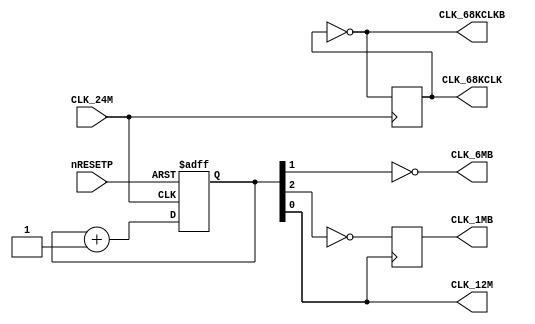
module clocks_1(
	input CLK_24M,
	input nRESETP,
	output CLK_12M,
	output reg CLK_68KCLK = 1'b0,	
	output CLK_68KCLKB,
	output CLK_6MB,
	output reg CLK_1MB
);
	reg [2:0] CLK_DIV;
	wire CLK_3M;
	always @(posedge CLK_24M)
		CLK_68KCLK <= ~CLK_68KCLK;
	assign CLK_68KCLKB = ~CLK_68KCLK;
	always @(negedge CLK_24M or negedge nRESETP)
	begin
		if (!nRESETP)
			CLK_DIV <= 3'b100;
		else
			CLK_DIV <= CLK_DIV + 1'b1;
	end
	assign CLK_12M = CLK_DIV[0];
	assign CLK_6MB = ~CLK_DIV[1];
	assign CLK_3M = CLK_DIV[2];
	always @(posedge CLK_12M)
		CLK_1MB <= ~CLK_3M;
endmodule